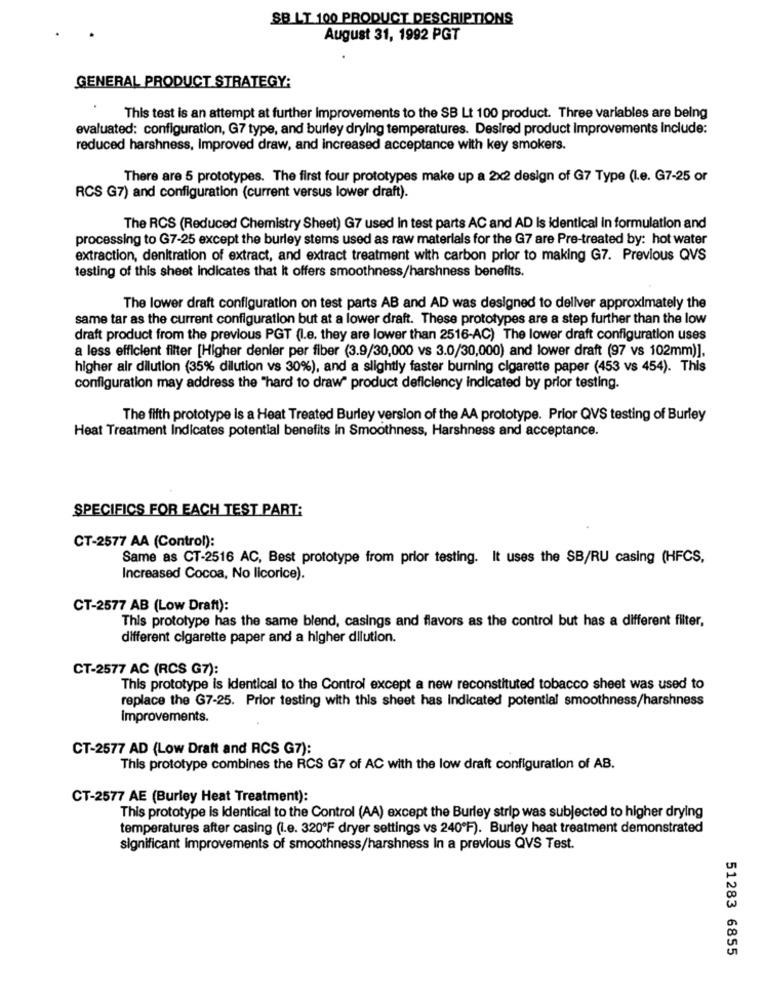
SB LT 100 PRODUCT DESCRIPTIONS
August 31, 1992 PGT
GENERAL PRODUCT STRATEGY:
This test is an attempt at further improvements to the SB Lt 100 product. Three variables are being
evaluated: configuration, G7 type, and burley drying temperatures. Desired product Improvements Include:
reduced harshness, Improved draw, and increased acceptance with key smokers.
There are 5 prototypes. The first four prototypes make up a 2x2 design of G7 Type (I.e. G7-25 or
RCS G7) and configuration (current versus lower draft).
The RCS (Reduced Chemistry Sheet) G7 used in test parts AC and AD Is identical in formulation and
processing to G7-25 except the burley stems used as raw materials for the G7 are Pre-treated by: hot water
extraction, denitration of extract, and extract treatment with carbon prior to making G7. Previous QVS
testing of this sheet Indicates that it offers smoothness/harshness benefits.
The lower draft configuration on test parts AB and AD was designed to deliver approximately the
same tar as the current configuration but at a lower draft. These prototypes are a step further than the low
draft product from the previous PGT (I.e. they are lower than 2516-AC) The lower draft configuration uses
a less efficient filter [Higher denler per fiber (3.9/30,000 vs 3.0/30,000) and lower draft (97 vs 102mm)].
higher air dilution (35% dilution vs 30%), and a slightly faster burning cigarette paper (453 vs 454). This
configuration may address the "hard to draw" product deficiency indicated by prior testing.
The fifth prototype is a Heat Treated Burley version of the AA prototype. Prior QVS testing of Burley
Heat Treatment Indicates potential benefits in Smoothness, Harshness and acceptance.
SPECIFICS FOR EACH TEST PART:
CT-2577 AA (Control):
Same as CT-2516 AC, Best prototype from prior testing. It uses the SB/RU casing (HFCS,
Increased Cocoa, No licorice).
CT-2577 AB (Low Draft):
This prototype has the same blend, casings and flavors as the control but has a different filter,
different cigarette paper and a higher dilution.
CT-2577 AC (RCS G7):
This prototype is identical to the Control except a new reconstituted tobacco sheet was used to
replace the G7-25. Prior testing with this sheet has Indicated potential smoothness/harshness
Improvements.
CT-2577 AD (Low Draft and RCS G7):
This prototype combines the RCS G7 of AC with the low draft configuration of AB.
CT-2577 AE (Burley Heat Treatment):
This prototype is Identical to the Control (AA) except the Burley strip was subjected to higher drying
temperatures after casing (i.e. 320ºF dryer settings vs 240ºF). Burley heat treatment demonstrated
significant improvements of smoothness/harshness In a previous QVS Test.
51283 6855